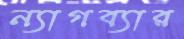
ন্যাগব্যার